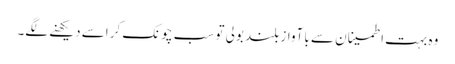
وہ بہت اطمینان سے با آواز بلند بولی تو سب چونک کر اسے دیکھنے لگے۔